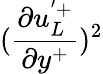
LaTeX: (\frac{\partial u_{L}^{'+}}{\partial y^{+}})^{2}